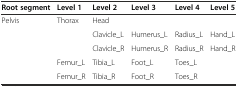
<table><thead><tr><td><b>Root segment</b></td><td><b>Level 1</b></td><td><b>Level 2</b></td><td><b>Level 3</b></td><td><b>Level 4</b></td><td><b>Level 5</b></td></tr></thead><tbody><tr><td>Pelvis</td><td>Thorax</td><td>Head</td><td></td><td></td><td></td></tr><tr><td></td><td></td><td>Clavicle_L</td><td>Humerus_L</td><td>Radius_L</td><td>Hand_L</td></tr><tr><td></td><td></td><td>Clavicle_R</td><td>Humerus_R</td><td>Radius_R</td><td>Hand_R</td></tr><tr><td></td><td>Femur_L</td><td>Tibia_L</td><td>Foot_L</td><td>Toes_L</td><td></td></tr><tr><td></td><td>Femur_R</td><td>Tibia_R</td><td>Foot_R</td><td>Toes_R</td><td></td></tr></tbody></table>